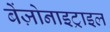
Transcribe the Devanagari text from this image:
बेंज़ोनाइट्राइल